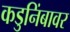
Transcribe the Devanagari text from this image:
कडुनिंबावर